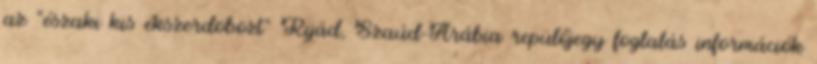
az "északi kis ékszerdobozt" Rijád, Szaúd-Arábia repülőjegy foglalás információk